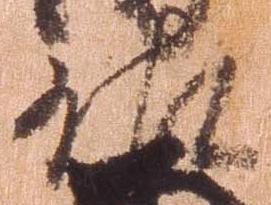
佐